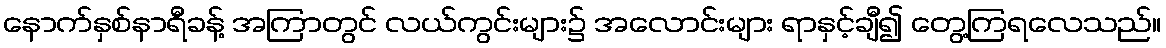
နောက်နှစ်နာရီခန့် အကြာတွင် လယ်ကွင်းများ၌ အလောင်းများ ရာနှင့်ချီ၍ တွေ့ကြရလေသည်။